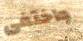
واختفى